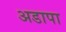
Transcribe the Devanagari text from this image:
अडापा